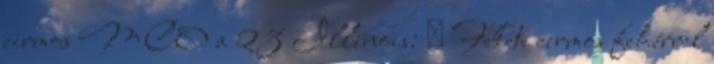
cirmos MCO a 23 Illinois: ♂ Fekete cirmos fehérrel